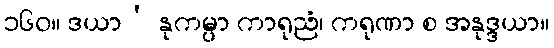
၁၆၀။ ဒယာ’ နုကမ္ပာ ကာရုညံ၊ ကရုဏာ စ အနုဒ္ဒယာ။